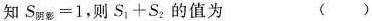
知$$S_{阴影}=1$$，则$$S_{1}+S_{2}$$的值为()